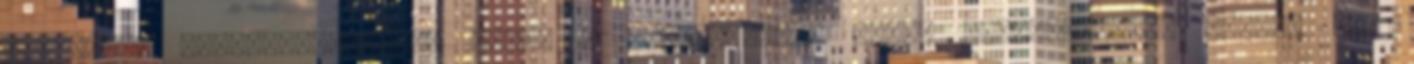
ismeretek felfrissítésére, ezzel a leggyakoribb hibák megelőzésére. Nézzük meg